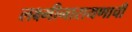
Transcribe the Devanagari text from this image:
लक्ष्मीनारायणाची